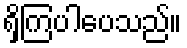
ရှိကြပါပေသည်။